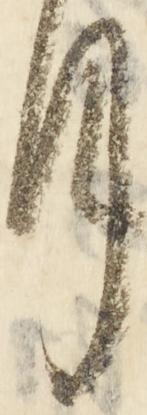
月